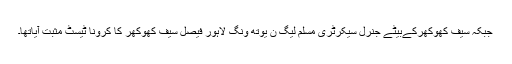
جبکہ سیف کھوکھرکےبیٹے جنرل سیکرٹری مسلم لیگ ن یوتھ ونگ لاہور فیصل سیف کھوکھر کا کرونا ٹیسٹ مثبت آیاتھا۔